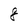
Character: 8